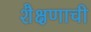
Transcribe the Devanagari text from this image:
शैक्षणाची